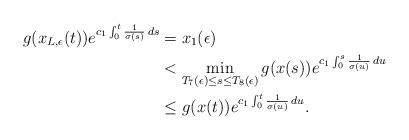
LaTeX: \begin{align*}g(x_{L,\epsilon}(t))e^{c_1\int_0^t \frac{1}{\sigma(s)}\,ds}&= x_1(\epsilon)\\&<\min_{T_7(\epsilon)\leq s\leq T_8(\epsilon)} g(x(s))e^{c_1\int_0^s\frac{1}{\sigma(u)}\,du}\\&\leq g(x(t))e^{c_1\int_0^t\frac{1}{\sigma(u)}\,du}.\end{align*}